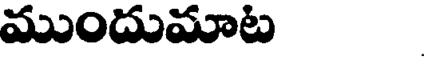
ముందుమాట